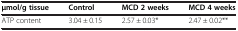
<table><thead><tr><td><b>μmol/g tissue</b></td><td><b>Control</b></td><td><b>MCD 2 weeks</b></td><td><b>MCD 4 weeks</b></td></tr></thead><tbody><tr><td>ATP content</td><td>3.04 ± 0.15</td><td>2.57 ± 0.03*</td><td>2.47 ± 0.02**</td></tr></tbody></table>